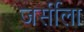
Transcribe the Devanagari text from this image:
जर्सीला